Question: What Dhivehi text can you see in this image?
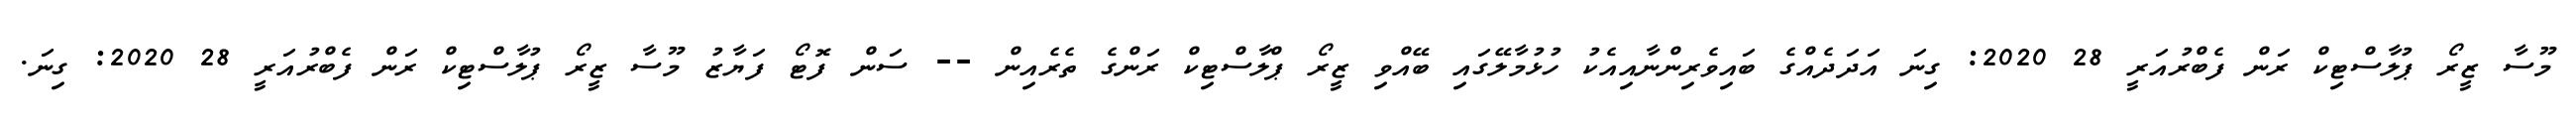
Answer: މޫސާ ޒީރޯ ޕުލާސްޓިކް ރަން ފެބްރުއަރީ 28 2020: ގިނަ އަދަދެއްގެ ބައިވެރިންނާއިއެކު ހުޅުމާލޭގައި ބޭއްވި ޒީރޯ ޕްލާސްޓިކް ރަންގެ ތެރެއިން -- ސަން ފޮޓޯ ފަޔާޒު މޫސާ ޒީރޯ ޕުލާސްޓިކް ރަން ފެބްރުއަރީ 28 2020: ގިނަ.